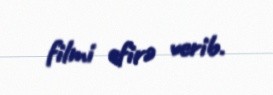
filmi efirə verib.